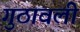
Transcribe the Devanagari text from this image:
गुठावली